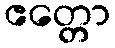
ဧတ္တော